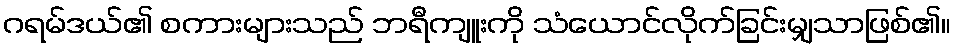
ဂရမ်ဒယ်၏ စကားများသည် ဘရီကျူးကို သံယောင်လိုက်ခြင်းမျှသာဖြစ်၏။